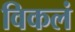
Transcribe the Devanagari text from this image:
विकलं